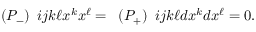
\begin{array} { l } { { ( P _ { - } ) } } \end{array} { i j } { k \ell } x ^ { k } x ^ { \ell } = \begin{array} { l } { { ( P _ { + } ) } } \end{array} { i j } { k \ell } d x ^ { k } d x ^ { \ell } = 0 .